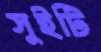
সুইটি